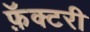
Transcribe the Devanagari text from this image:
फ़ॅक्टरी